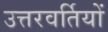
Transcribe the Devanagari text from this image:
उत्तरवर्तियों